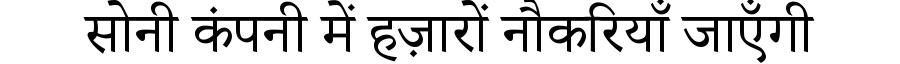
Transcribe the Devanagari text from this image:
सोनी कंपनी में हज़ारों नौकरियाँ जाएँगी